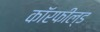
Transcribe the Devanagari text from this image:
कॉरफील्ड